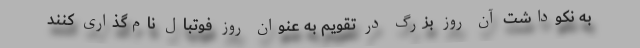
به نکوداشت آن روز بزرگ در تقویم به عنوان روز فوتبال نام‌گذاری کنند